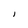
Character: I